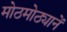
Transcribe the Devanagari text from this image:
मोठमोठ्यानें